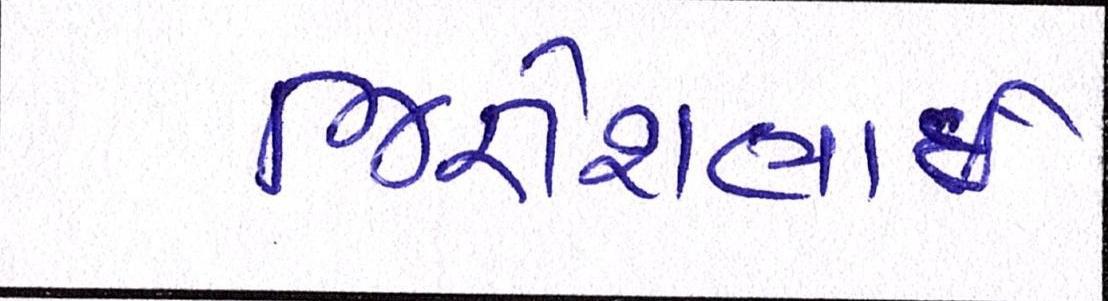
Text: જિજ્ઞેશભાઇ